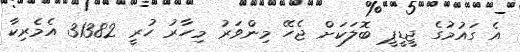
އެ ގައުމުގެ ޖީޑީޕީ ބޮލަކަށް ޖެހޭ މިންވަރު މިހާރު ހުރީ 31382 އެމެރިކާ